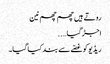
روتے ہیں چھم چھم نین
اجڑ گیا…..
ریڈیو کو غصّے سے بند کیا گیا۔